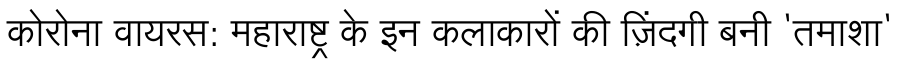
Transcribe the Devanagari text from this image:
कोरोना वायरस: महाराष्ट्र के इन कलाकारों की ज़िंदगी बनी 'तमाशा'